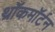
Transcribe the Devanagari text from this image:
थ्रॉकमॉर्टन